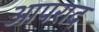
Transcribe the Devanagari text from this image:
आपराद